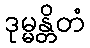
ဒုမ္မန္တိတံ